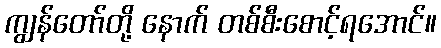
ကျွန်တော်တို့ နောက် တစ်စီးစောင့်ရအောင်။